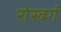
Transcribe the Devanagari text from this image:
रोस्बर्ग